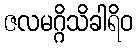
ဇလမဂ္ဂိသိခါရိဝ